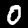
Digit: 0